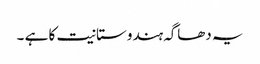
یہ دھاگہ ہندوستانیت کا ہے ۔